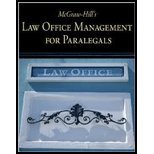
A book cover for Law Office Management for Paralegals (09) by McGraw-Hill, Higher Education - Technology, Curriculum [Paperback (2008)]; McGrawHil; Law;